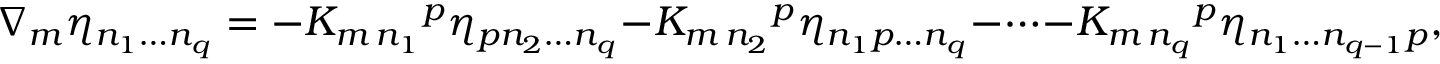
\nabla _ { m } \eta _ { n _ { 1 } \dots n _ { q } } = - K _ { m \, n _ { 1 } } { } ^ { p } \eta _ { p n _ { 2 } \dots n _ { q } } - K _ { m \, n _ { 2 } } { } ^ { p } \eta _ { n _ { 1 } p \dots n _ { q } } - \dots - K _ { m \, n _ { q } } { } ^ { p } \eta _ { n _ { 1 } \dots n _ { q - 1 } p } ,